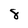
Character: 8